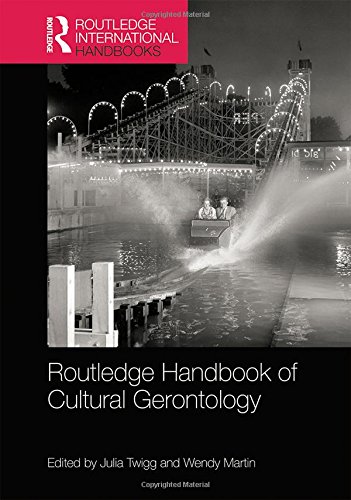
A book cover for Routledge Handbook of Cultural Gerontology (Routledge International Handbooks); Politics & Social Sciences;